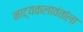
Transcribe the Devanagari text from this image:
नाट्यकलावंतांला